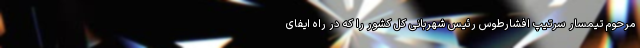
مرحوم تیمسار سرتیپ افشارطوس رئیس شهربانی کل کشور را که در راه ایفای